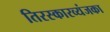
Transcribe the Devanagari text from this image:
तिरस्कारव्यंजका